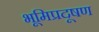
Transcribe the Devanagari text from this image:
भूमिप्रदूषण